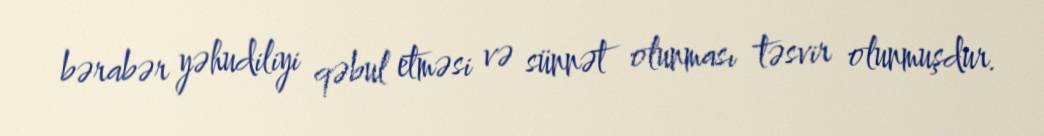
bərabər yəhudiliyi qəbul etməsi və sünnət olunması təsvir olunmuşdur.